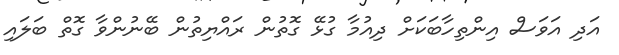
އަދި އަވަސް އިންތިހާބަކަށް ދިއުމާ ގުޅޭ ގޮތުން ރައްޔިތުން ބޭނުންވާ ގޮތް ބަލައި